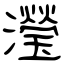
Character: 瀅